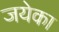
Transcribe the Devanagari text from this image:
जयेका